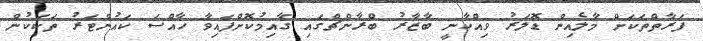
ފަރާތްތަކަށް މާލެއިން ޑޮލަރު ވިއްކާނީ ބާޒާރު ބްރާންޗްގައި ގާއިމުކޮށްފައިވާ ހާއްސަ ކައުންޓަރު ތަކަކުން